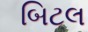
બિટલ